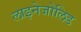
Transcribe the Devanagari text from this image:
लाइनेजोलिड